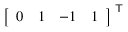
{ \left[ \begin{array} { l l l l } { 0 } & { 1 } & { - 1 } & { 1 } \end{array} \right] } ^ { \textsf { T } }